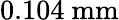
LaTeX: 0.104\mathrm{~mm}